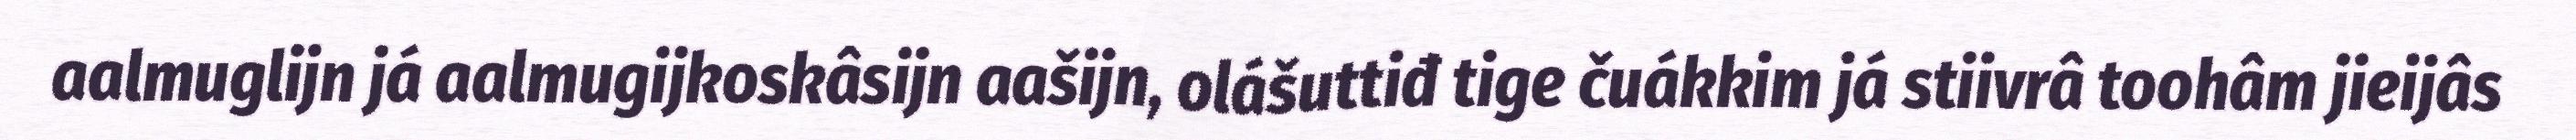
aalmuglijn já aalmugijkoskâsijn aašijn, olášuttiđ tige čuákkim já stiivrâ toohâm jieijâs